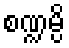
စဏ္ဍမ္ပိ